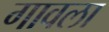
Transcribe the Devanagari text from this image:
गावला